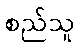
စည်သူ